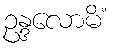
ဥန္ဒလောမိံ